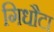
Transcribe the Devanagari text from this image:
गिधौटा